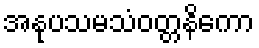
အနုပသမသံဝတ္တနိကော